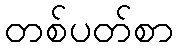
တစ်ပတ်စာ